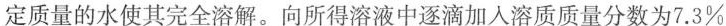
定质量的水使其完全溶解。向所得溶液中逐滴加入溶质质量分数为7.3%